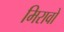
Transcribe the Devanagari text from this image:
मिरावो